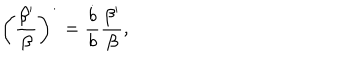
\left( \frac { \beta ^ { \prime } } { \beta } \right) ^ { \dot { } } = \frac { \dot { b } } { b } \frac { \beta ^ { \prime } } { \beta } ,